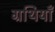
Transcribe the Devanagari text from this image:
ग्रथियाँ